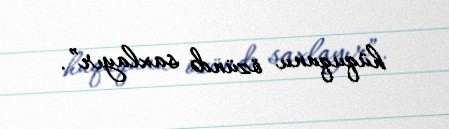
hüququnu özündə saxlayır”.